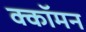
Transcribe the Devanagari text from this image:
क्कॉमन